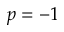
p = - 1